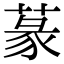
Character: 蒃